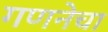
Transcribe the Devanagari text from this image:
गणनेचा